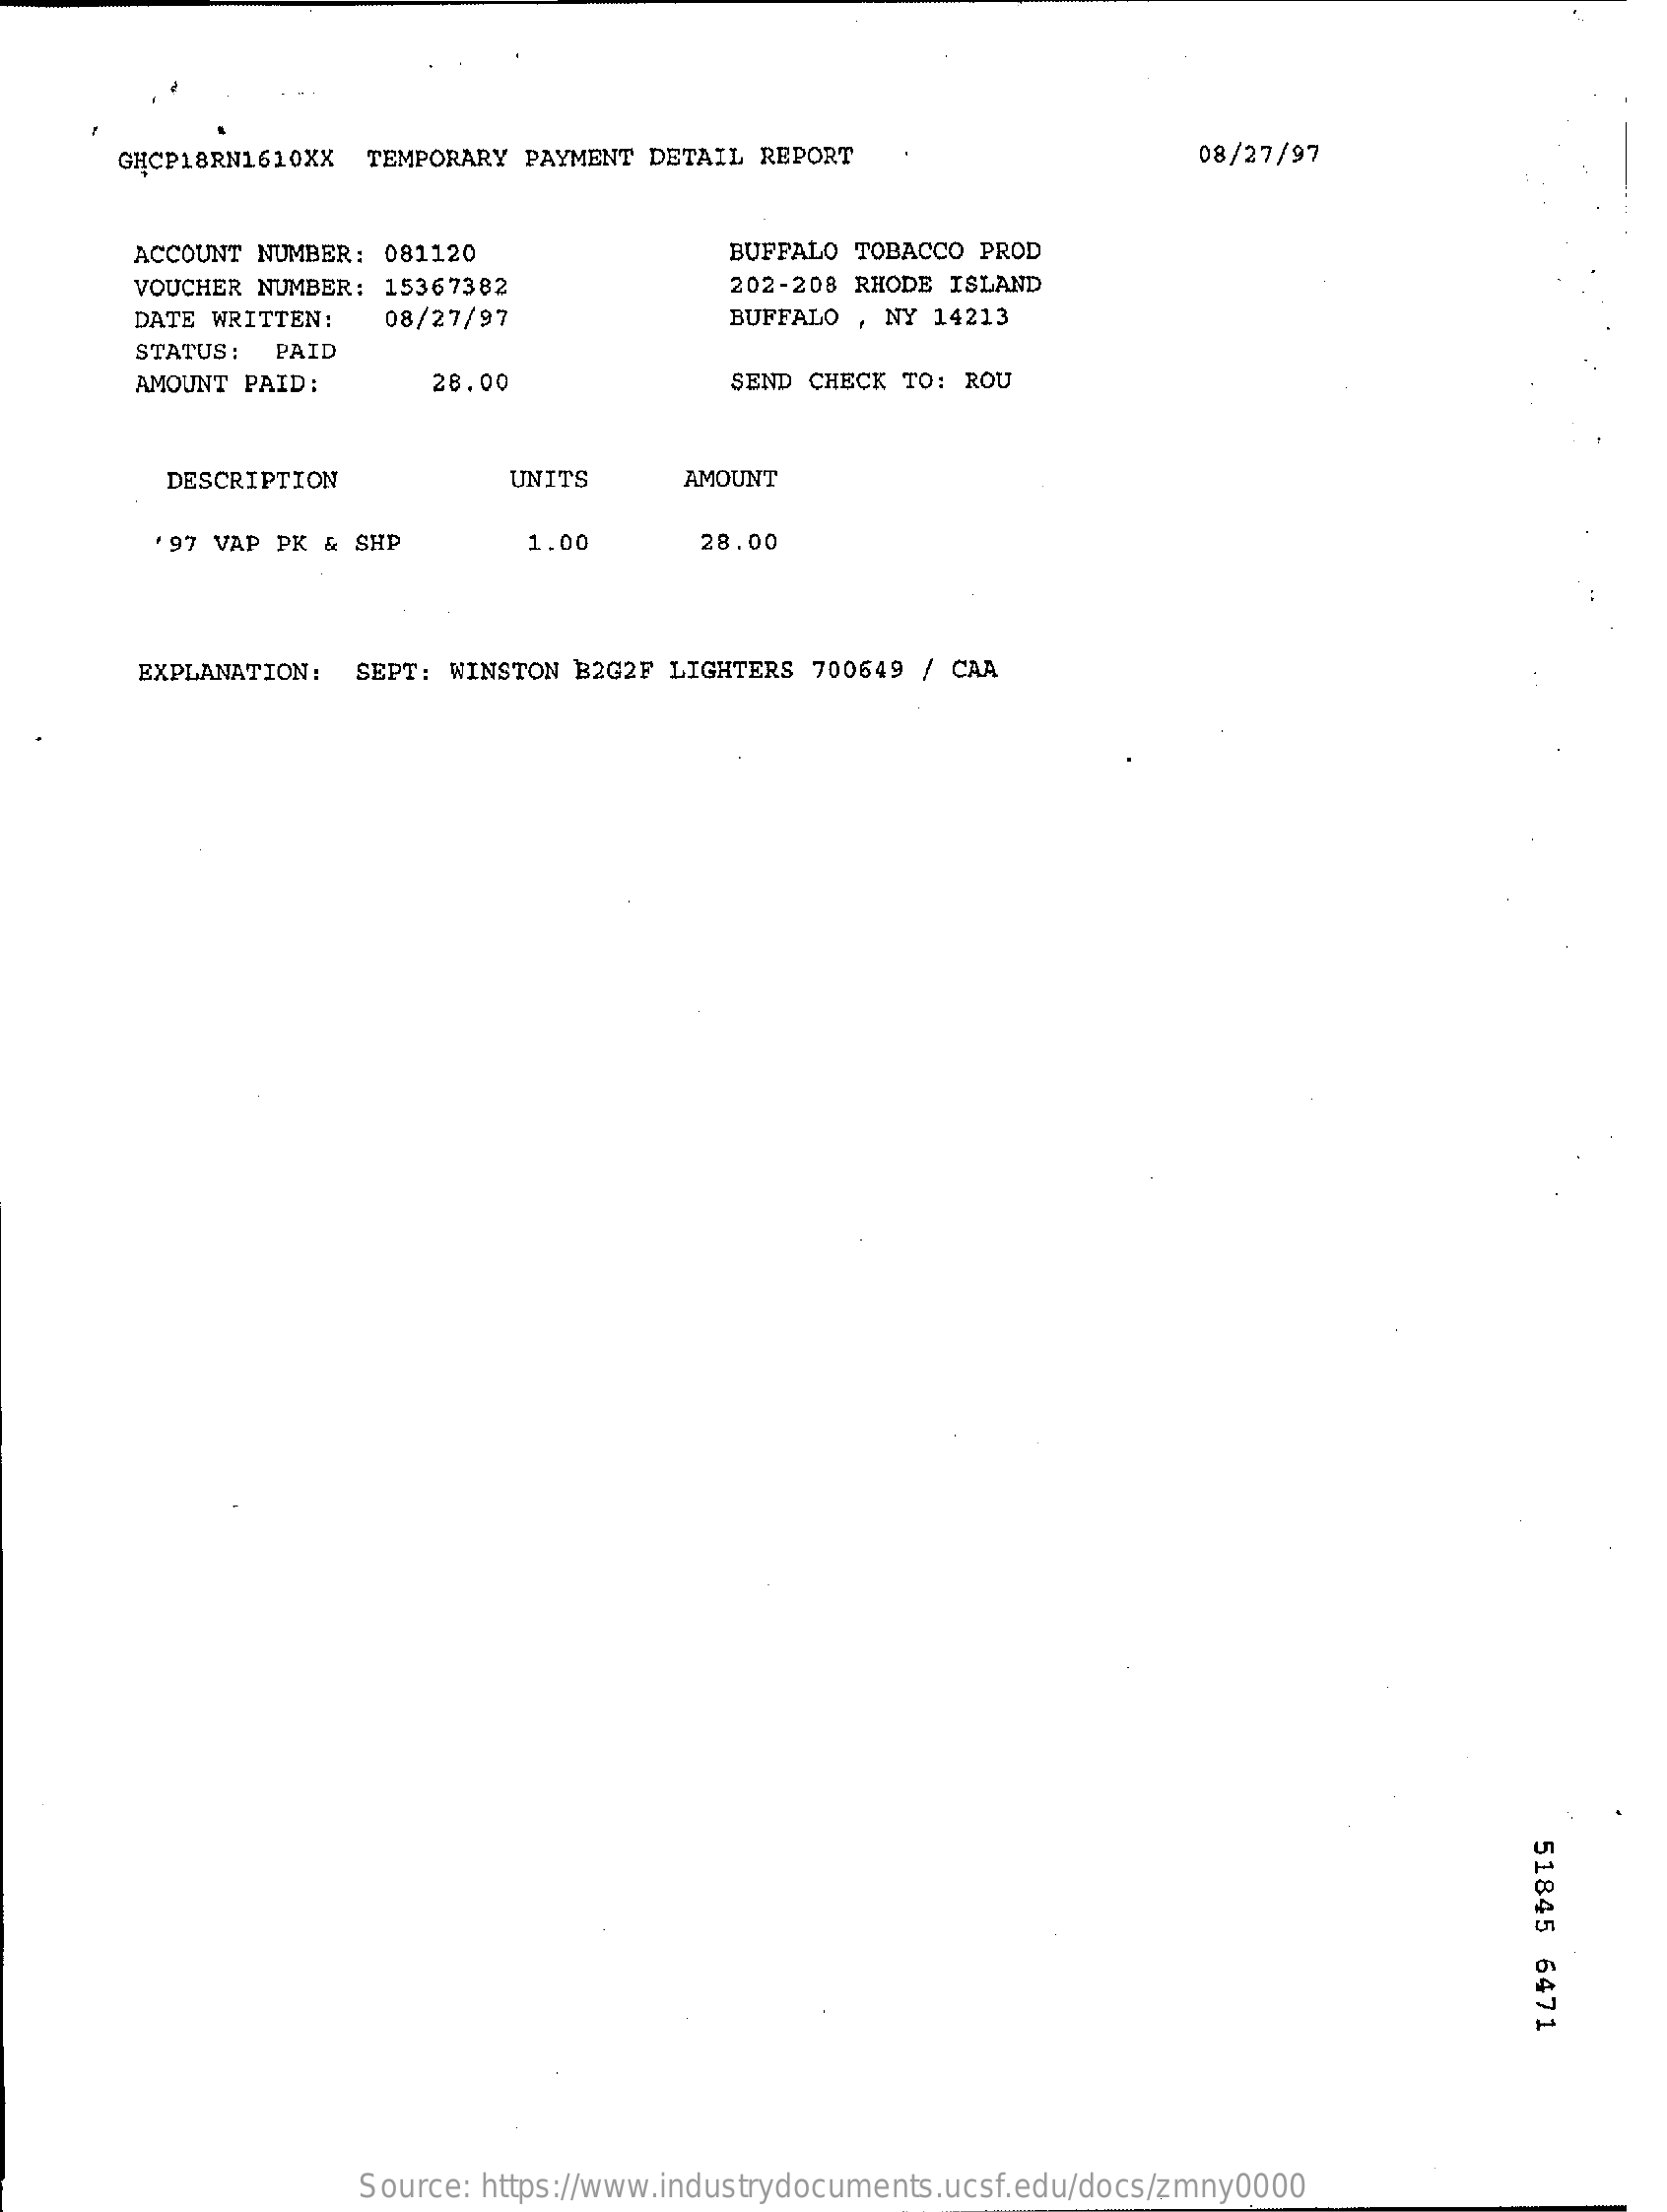
GHCP18RN1610XX TEMPORARY PAYMENT DETAIL REPORT    08/27/97
     ACCOUNT NUMBER: 081120    BUFFALO TOBACCO PROD
     VOUCHER NUMBER: 15367382    202-208 RHODE ISLAND
     DATE WRITTEN:  08/27/97    BUFFALO , NY 14213
     STATUS : PAID
     AMOUNT PAID:    28.00    SEND CHECK TO: ROU
     DESCRIPTION    UNITS    AMOUNT
     97 VAP PK & SHP    1.00    28.00
     EXPLANATION: SEPT: WINSTON B2G2F LIGHTERS 700649 / CAA
     51845
     6471
     Source: https://www.industrydocuments.ucsf.edu/docs/zmny0000